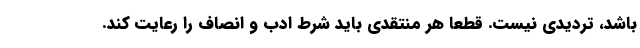
باشد، تردیدی نیست. قطعا هر منتقدی باید شرط ادب و انصاف را رعایت کند.